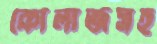
কোলাজসহ